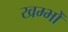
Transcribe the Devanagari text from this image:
खम्भोँ